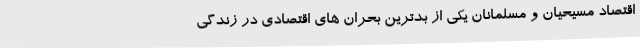
اقتصاد مسیحیان و مسلمانان یکی از بدترین بحران های اقتصادی در زندگی